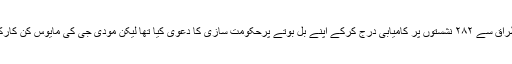
۲۰۱۴ ؁ میں بی جے پی نے بڑے طمطراق سے ۲۸۲ نشستوں پر کامیابی درج کرکے اپنے بل بوتے پرحکومت سازی کا دعویٰ کیا تھا لیکن مودی جی کی مایوس کن کارکردگی کےسبب یہ تعداد ۲۶۸ پر آگئی ہے۔